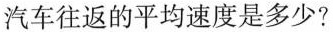
汽车往返的平均速度是多少?